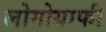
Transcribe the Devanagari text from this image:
लोगोग्राफी